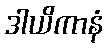
ဒါယိကာနံ